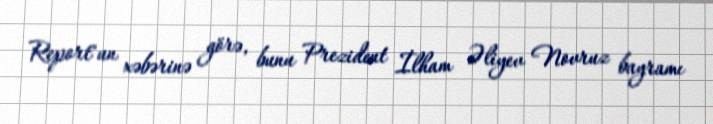
Report"un xəbərinə görə, bunu Prezident İlham Əliyev Novruz bayramı